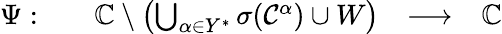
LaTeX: \begin{array}{r}{\begin{array}{llll}{\Psi:\quad}&{\mathbb{C}\setminus\left(\bigcup_{\alpha\in Y^{*}}\sigma(\mathcal{C}^{\alpha})\cup W\right)}&{\longrightarrow}&{\mathbb{C}}\end{array}}\end{array}